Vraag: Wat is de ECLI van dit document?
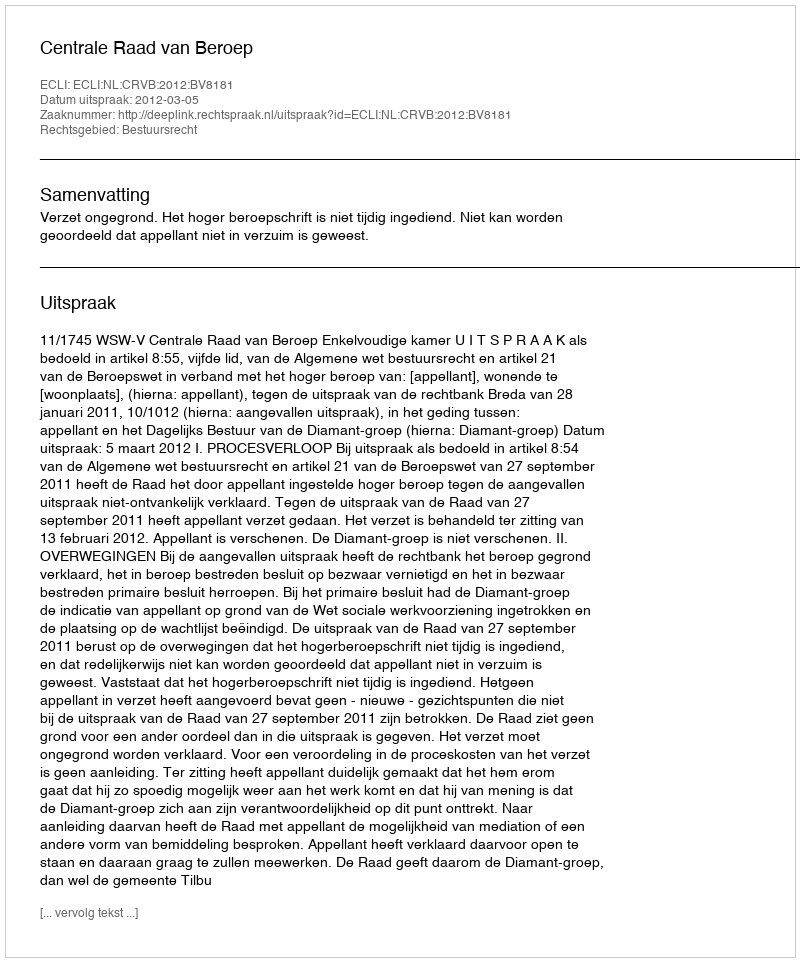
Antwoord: ECLI:NL:CRVB:2012:BV8181